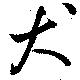
犬